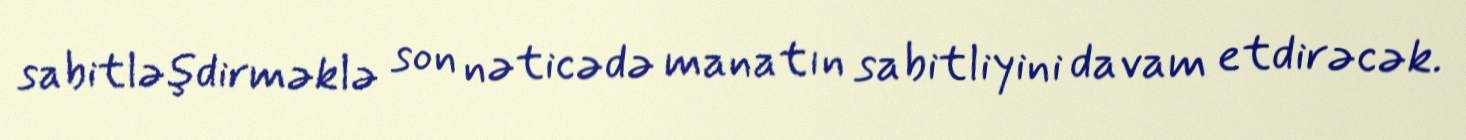
sabitləşdirməklə son nəticədə manatın sabitliyini davam etdirəcək.